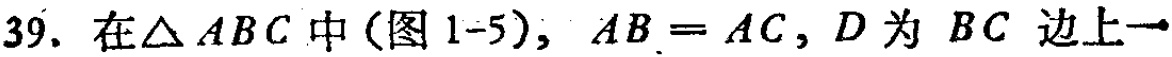
39. 在$\triangle ABC$中(图1-5)，$AB = AC$，$D$为$BC$边上一